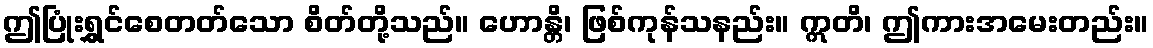
ဤပြုံးရွှင်စေတတ်သော စိတ်တို့သည်။ ဟောန္တိ၊ ဖြစ်ကုန်သနည်း။ ဣတိ၊ ဤကားအမေးတည်း။